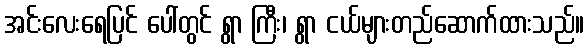
အင်းလေးရေပြင် ပေါ်တွင် ရွာ ကြီး၊ ရွာ ငယ်များတည်ဆောက်ထားသည်။